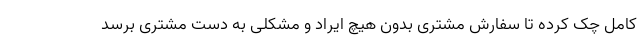
کامل چک کرده تا سفارش مشتری بدون هیچ ایراد و مشکلی به دست مشتری برسد